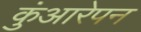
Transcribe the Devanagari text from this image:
कुंआरेपन